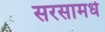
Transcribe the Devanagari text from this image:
सरसामधे